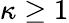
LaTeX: \kappa\ge 1